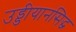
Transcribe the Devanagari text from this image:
उड्डीयानसिद्ध